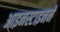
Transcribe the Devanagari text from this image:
आइनस्टाइनने